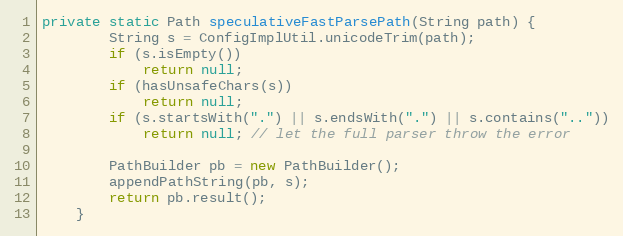
Language: Java
private static Path speculativeFastParsePath(String path) {
        String s = ConfigImplUtil.unicodeTrim(path);
        if (s.isEmpty())
            return null;
        if (hasUnsafeChars(s))
            return null;
        if (s.startsWith(".") || s.endsWith(".") || s.contains(".."))
            return null; // let the full parser throw the error

        PathBuilder pb = new PathBuilder();
        appendPathString(pb, s);
        return pb.result();
    }